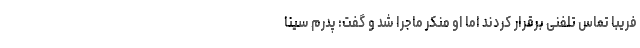
فریبا تماس تلفنی برقرار کردند اما او منکر ماجرا شد و گفت: پدرم سینا